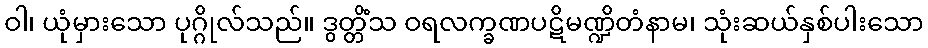
ဝါ၊ ယုံမှားသော ပုဂ္ဂိုလ်သည်။ ဒွတ္တိံသ ဝရလက္ခဏပဋိမဏ္ဍိတံနာမ၊ သုံးဆယ်နှစ်ပါးသော